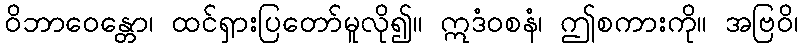
ဝိဘာဝေန္တော၊ ထင်ရှားပြတော်မူလို၍။ ဣဒံဝစနံ၊ ဤစကားကို။ အဗြဝိ၊